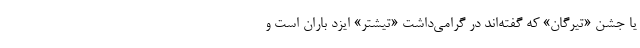
یا جشن «تیرگان» که گفته‌اند در گرامی‌داشت «تیشتر» ایزد باران است و